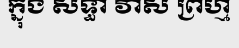
ក្នុង សទ្ធា វាស ព្រហ្ម